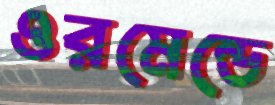
ওরমেন্ডে